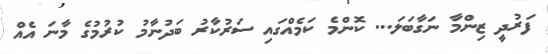
ފަރުދީ ޒިންމާ ނަގާާބަލަ... ކޮންމެ ކަމެއްގައި ސަރުކާރު ބަދުނާމު ކުރުމުގެ މާނަ އެއް